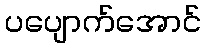
ပပျောက်အောင်